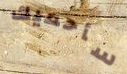
سأحميك